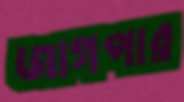
জাগপার